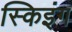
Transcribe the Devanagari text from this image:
स्किइंग